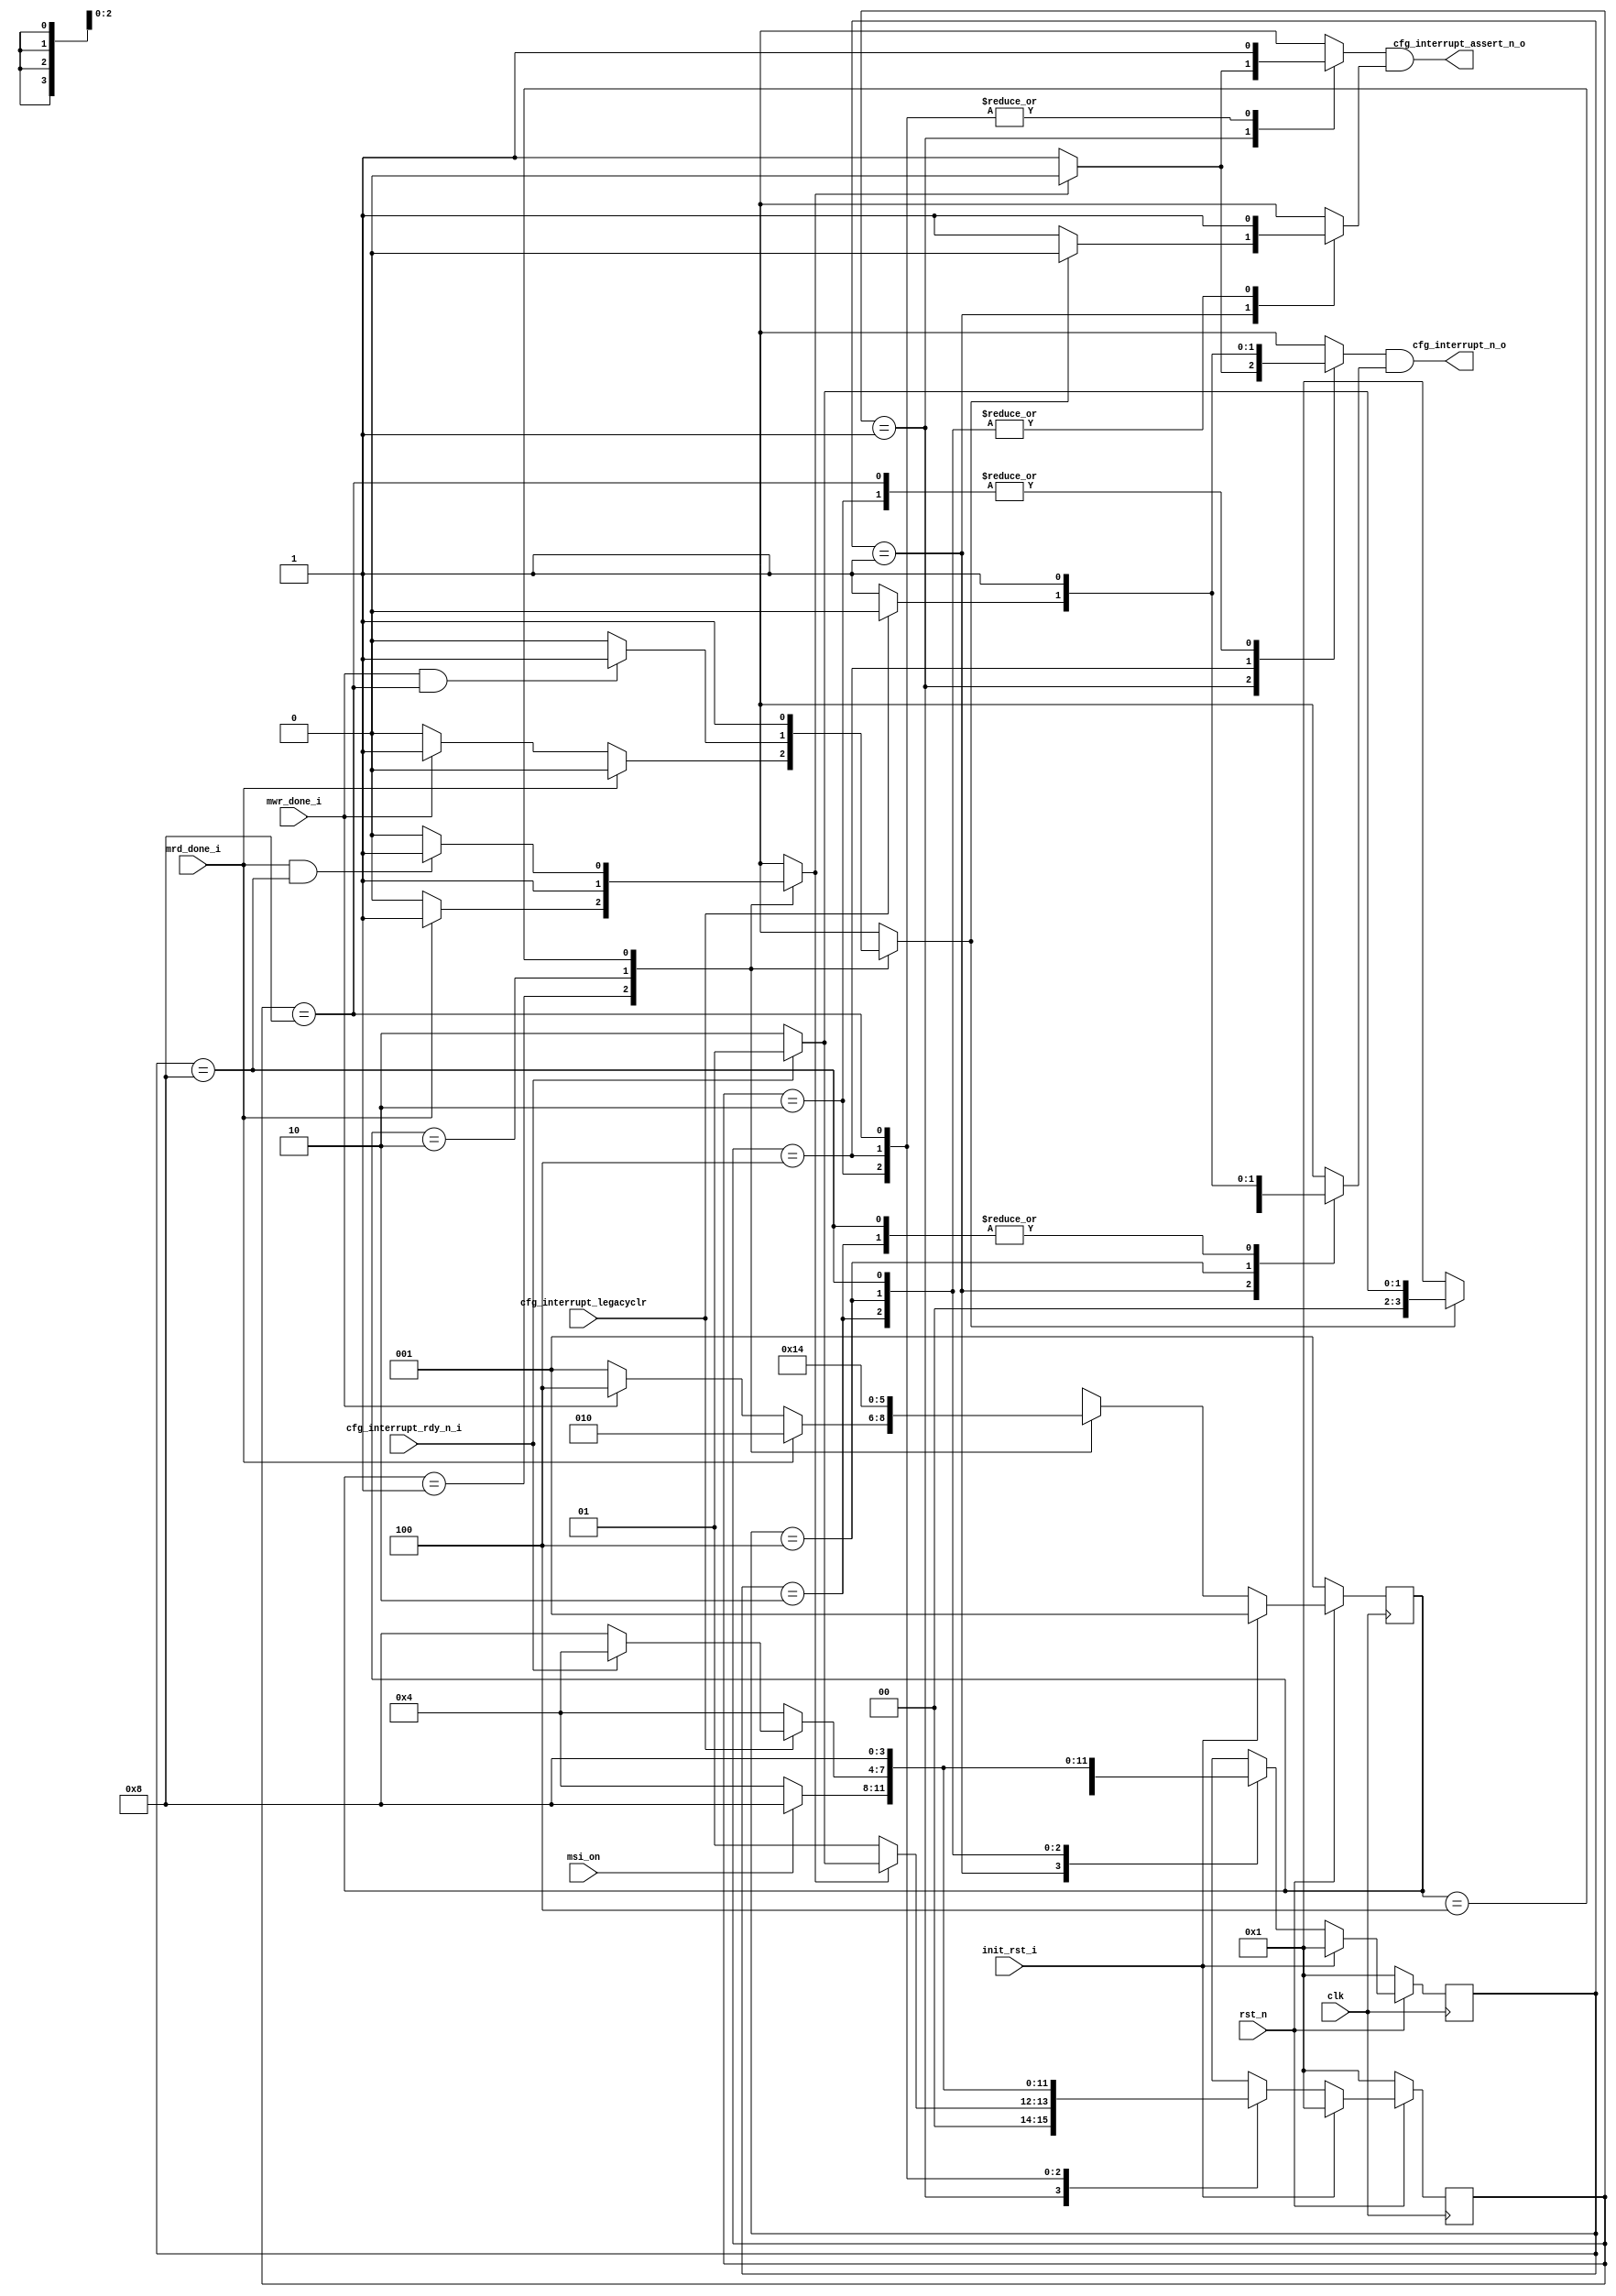
//--------------------------------------------------------------------------------
//--
//-- This file is owned and controlled by Xilinx and must be used solely
//-- for design, simulation, implementation and creation of design files
//-- limited to Xilinx devices or technologies. Use with non-Xilinx
//-- devices or technologies is expressly prohibited and immediately
//-- terminates your license.
//--
//-- Xilinx products are not intended for use in life support
//-- appliances, devices, or systems. Use in such applications is
//-- expressly prohibited.
//--
//--            **************************************
//--            ** Copyright (C) 2005, Xilinx, Inc. **
//--            ** All Rights Reserved.             **
//--            **************************************
//--
//--------------------------------------------------------------------------------
//-- Filename: BMD_INTR_CTRL.v
//--
//-- Description: Endpoint Intrrupt Controller
//--
//--------------------------------------------------------------------------------

`timescale 1ns/1ns


`define BMD_INTR_RST      3'b001
`define BMD_INTR_RD       3'b010
`define BMD_INTR_WR       3'b100

`define BMD_INTR_RD_RST   4'b0001
`define BMD_INTR_RD_ACT   4'b0010
`define BMD_INTR_RD_ACT2  4'b0100
`define BMD_INTR_RD_DUN   4'b1000

`define BMD_INTR_WR_RST   4'b0001
`define BMD_INTR_WR_ACT   4'b0010
`define BMD_INTR_WR_ACT2  4'b0100
`define BMD_INTR_WR_DUN   4'b1000

module BMD_INTR_CTRL (
                      clk,                   // I
                      rst_n,                 // I

                      init_rst_i,            // I

                      mrd_done_i,            // I
                      mwr_done_i,            // I

                      msi_on,                // I

                      cfg_interrupt_assert_n_o, // O
                      cfg_interrupt_rdy_n_i,    // I
                      cfg_interrupt_n_o,        // O
                      cfg_interrupt_legacyclr   // I
       
                      );

    input             clk;
    input             rst_n;

    input             init_rst_i;

    input             mrd_done_i;
    input             mwr_done_i;

    input             msi_on;

    output            cfg_interrupt_assert_n_o;
    input             cfg_interrupt_rdy_n_i;
    output            cfg_interrupt_n_o;
    input             cfg_interrupt_legacyclr;

    // Local Registers

    reg [2:0]         intr_state;
    reg [2:0]         next_intr_state;
    reg [3:0]         rd_intr_state;
    reg [3:0]         next_rd_intr_state;
    reg [3:0]         wr_intr_state;
    reg [3:0]         next_wr_intr_state;

    reg               rd_intr_n;
    reg               rd_intr_assert_n;
    reg               wr_intr_n;
    reg               wr_intr_assert_n;

    reg               mrd_done;
    reg               mwr_done;

    wire              mrd_exp;
    wire              mwr_exp;

    parameter         Tcq = 1;

    assign cfg_interrupt_n_o = rd_intr_n  & wr_intr_n;
    assign cfg_interrupt_assert_n_o = rd_intr_assert_n & wr_intr_assert_n;

    //
    // Resolve mrd_done_i and mwr_done_i
    //

    always @(mrd_done_i or mwr_done_i or rd_intr_state or intr_state or rd_intr_state or wr_intr_state) begin
    
      case (intr_state) /* synthesis full_case */ /* synthesis parallel_case */
      
        `BMD_INTR_RST : begin
        
          if (mrd_done_i)  begin

            mrd_done = 1'b1;
            mwr_done = 1'b0;
            next_intr_state = `BMD_INTR_RD;

          end else if (mwr_done_i) begin

            mrd_done = 1'b0;
            mwr_done = 1'b1;
            next_intr_state = `BMD_INTR_WR;

          end else begin

            mrd_done = 1'b0;
            mwr_done = 1'b0;
            next_intr_state = `BMD_INTR_RST;

          end

        end

        `BMD_INTR_RD : begin

          if (mwr_done_i && (rd_intr_state == `BMD_INTR_RD_DUN)) begin

            mwr_done = 1'b1;
            mrd_done = 1'b1;

          end else begin

            mwr_done = 1'b0;
            mrd_done = 1'b1;

          end

          next_intr_state = `BMD_INTR_RD;
        
        end

        `BMD_INTR_WR : begin

          if (mrd_done_i && (wr_intr_state == `BMD_INTR_WR_DUN)) begin

            mrd_done = 1'b1;
            mwr_done = 1'b1;

          end else begin

            mrd_done = 1'b0;
            mwr_done = 1'b1;

          end

          next_intr_state = `BMD_INTR_WR;

        end

      endcase

    end

    //
    // Read Interrupt Control
    // 

    always @(rd_intr_state or mrd_done or cfg_interrupt_rdy_n_i or mrd_exp or msi_on) begin

      case (rd_intr_state) /* synthesis full_case */ /* synthesis parallel_case */

        `BMD_INTR_RD_RST : begin

          if (mrd_done) begin
            rd_intr_n = 1'b0;
            rd_intr_assert_n = 1'b0;

            if (!cfg_interrupt_rdy_n_i)
               next_rd_intr_state = `BMD_INTR_RD_ACT;
            else
               next_rd_intr_state = `BMD_INTR_RD_RST;

          end else begin
            rd_intr_n = 1'b1;
            rd_intr_assert_n = 1'b1;
            next_rd_intr_state = `BMD_INTR_RD_RST;
          end
        

        end

        `BMD_INTR_RD_ACT : begin
     
          if (msi_on) begin

            rd_intr_n = 1'b1;
            rd_intr_assert_n = 1'b1;
            next_rd_intr_state = `BMD_INTR_RD_DUN;

          end else begin

            rd_intr_n = 1'b1;
            rd_intr_assert_n = 1'b1;
            next_rd_intr_state = `BMD_INTR_RD_ACT2;

          end

        end


        `BMD_INTR_RD_ACT2 : begin
          if (cfg_interrupt_legacyclr) begin
            rd_intr_n = 1'b0;
            rd_intr_assert_n = 1'b1;

            if (!cfg_interrupt_rdy_n_i)
               next_rd_intr_state = `BMD_INTR_RD_DUN;
            else
               next_rd_intr_state = `BMD_INTR_RD_ACT2;

          end else begin
            rd_intr_n = 1'b1;
            rd_intr_assert_n = 1'b1;
            next_rd_intr_state = `BMD_INTR_RD_ACT2;
          end
        end


        `BMD_INTR_RD_DUN : begin

          rd_intr_n = 1'b1;
          rd_intr_assert_n = 1'b1;
          next_rd_intr_state = `BMD_INTR_RD_DUN;

        end
        
      endcase

    end


    //
    // Write Interrupt Control
    // 
    always @(wr_intr_state or mwr_done or cfg_interrupt_rdy_n_i or cfg_interrupt_legacyclr or msi_on) begin

      case (wr_intr_state) /* synthesis full_case */ /* synthesis parallel_case */

        `BMD_INTR_WR_RST : begin


          if (mwr_done) begin
            wr_intr_n = 1'b0;
            wr_intr_assert_n = 1'b0;

            if (!cfg_interrupt_rdy_n_i)
               next_wr_intr_state = `BMD_INTR_WR_ACT;
            else
               next_wr_intr_state = `BMD_INTR_WR_RST;

          end else begin
            wr_intr_n = 1'b1;
            wr_intr_assert_n = 1'b1;
            next_wr_intr_state = `BMD_INTR_WR_RST;
          end

        end

        `BMD_INTR_WR_ACT : begin

          if (msi_on) begin

            wr_intr_n = 1'b1;
            wr_intr_assert_n = 1'b1;
            next_wr_intr_state = `BMD_INTR_WR_DUN;

          end else begin

            wr_intr_n = 1'b1;
            wr_intr_assert_n = 1'b1;
            next_wr_intr_state = `BMD_INTR_WR_ACT2;

          end

        end

        `BMD_INTR_WR_ACT2 : begin
          if (cfg_interrupt_legacyclr) begin
            wr_intr_n = 1'b0;
            wr_intr_assert_n = 1'b1;

            if (!cfg_interrupt_rdy_n_i)
               next_wr_intr_state = `BMD_INTR_WR_DUN;
            else
               next_wr_intr_state = `BMD_INTR_WR_ACT2;

          end else begin
            wr_intr_n = 1'b1;
            wr_intr_assert_n = 1'b1;
            next_wr_intr_state = `BMD_INTR_WR_ACT2;
          end
        end


        `BMD_INTR_WR_DUN : begin

          wr_intr_n = 1'b1;
          wr_intr_assert_n = 1'b1;
          next_wr_intr_state = `BMD_INTR_WR_DUN;

        end
        
      endcase

    end



    always @(posedge clk ) begin
    
        if ( !rst_n ) begin

          rd_intr_state <= #(Tcq) `BMD_INTR_RD_RST;
          wr_intr_state <= #(Tcq) `BMD_INTR_WR_RST;
          intr_state    <= #(Tcq) `BMD_INTR_RST;

        end else begin

          if (init_rst_i) begin

            rd_intr_state <= #(Tcq) `BMD_INTR_RD_RST;
            wr_intr_state <= #(Tcq) `BMD_INTR_WR_RST;
            intr_state    <= #(Tcq) `BMD_INTR_RST;

          end else begin

            rd_intr_state <= #(Tcq) next_rd_intr_state;
            wr_intr_state <= #(Tcq) next_wr_intr_state;
            intr_state <= #(Tcq) next_intr_state;

          end

        end

    end

endmodule